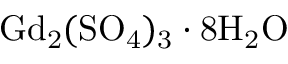
\mathrm { { G d _ { 2 } ( S O _ { 4 } ) _ { 3 } \cdot 8 H _ { 2 } O } }